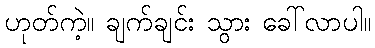
ဟုတ်ကဲ့။ ချက်ချင်း သွား ခေါ်လာပါ။